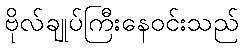
ဗိုလ်ချုပ်ကြီးနေဝင်းသည်